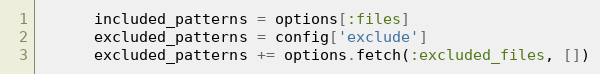
Language: Ruby
      included_patterns = options[:files]
      excluded_patterns = config['exclude']
      excluded_patterns += options.fetch(:excluded_files, [])